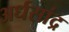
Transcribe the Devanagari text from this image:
अर्धसांद्र